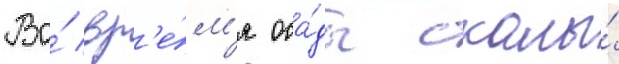
Во́ вр'е́м'я оса́ды скалы́